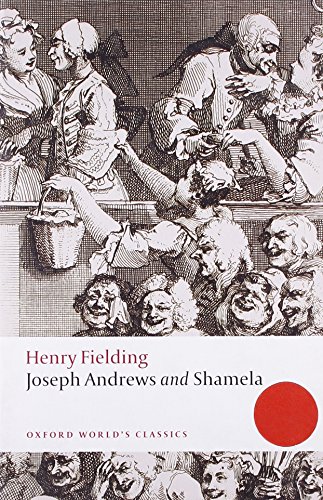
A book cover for Joseph Andrews and Shamela (Oxford World's Classics); Henry Fielding; Literature & Fiction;